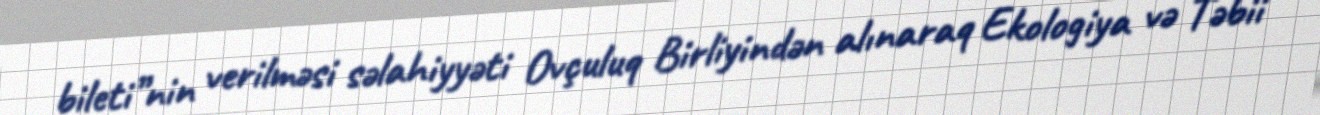
bileti”nin verilməsi səlahiyyəti Ovçuluq Birliyindən alınaraq Ekologiya və Təbii